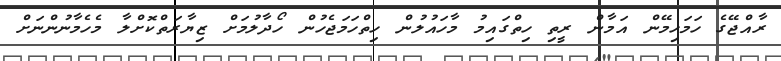
ރާއްޖޭގެ ހަމަހިމޭން އަމާން ރީތި ހިތްގައިމު މާހައުލުން ހިތްހަމަޖެހުން ހޯދާލުމަށް ޒިޔާރަތްކޮށްލާ މެހެމާނުންނަށް